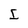
Character: I